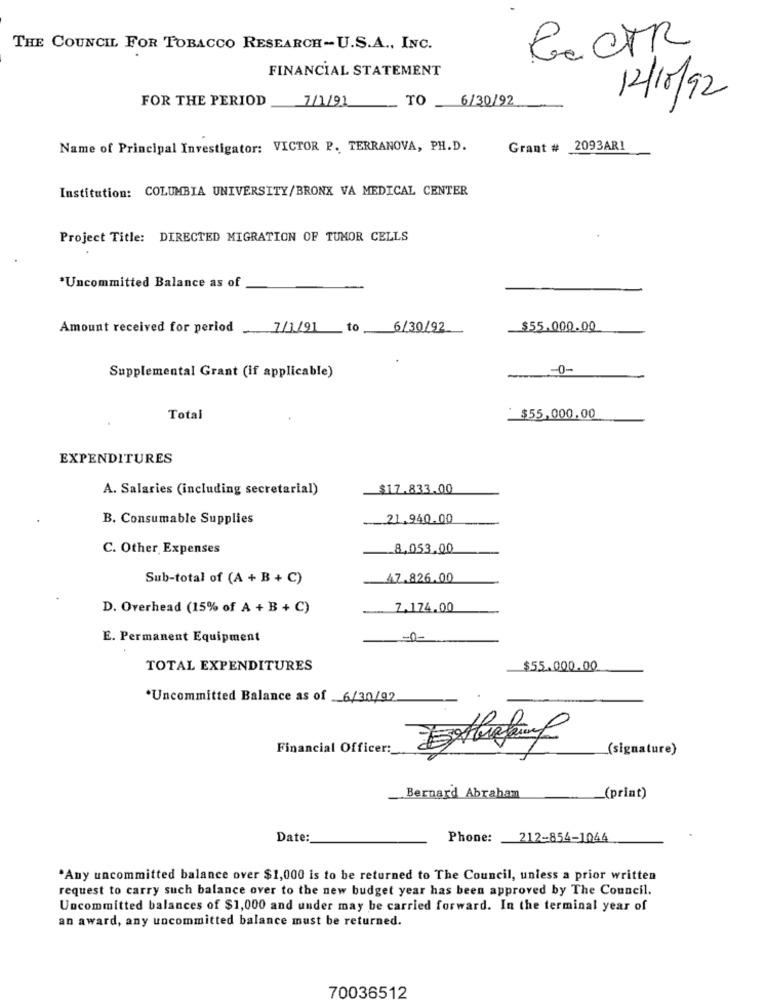
THE COUNCIL FOR TOBACCO RESEARCH-U.S.A ., INC.
GaCTR
FINANCIAL STATEMENT
FOR THE PERIOD
7/1/91
6/30/92
12/10/92
TO
Name of Principal Investigator: VICTOR P. TERRANOVA, PH.D.
Grant # 2093AR1
Institution: COLUMBIA UNIVERSITY/BRONX VA MEDICAL CENTER
Project Title: DIRECTED MIGRATION OF TUMOR CELLS
*Uncommitted Balance as of
Amount received for period
7/1/91 to
6/30/92
$55.000.00
Supplemental Grant (if applicable)
-0-
Total
$55,000.00
EXPENDITURES
A. Salaries (including secretarial)
$17.833.00
B. Consumable Supplies
21.940.00
C. Other Expenses
8,053.00
Sub-total of (A + B + C)
47.826.00
D. Overhead (15% of A + B + C)
7.174.00
E. Permanent Equipment
-0-
TOTAL EXPENDITURES
$55.000.00
*Uncommitted Balance as of 6/30/99
Financial Officer:
(signature)
Bernard Abraham
(print)
Date:
Phone: 212-854-1044
.Any uncommitted balance over $1,000 is to be returned to The Council, unless a prior written
request to carry such balance over to the new budget year has been approved by The Council.
Uncommitted balances of $1,000 and under may be carried forward. In the terminal year of
an award, any uncommitted balance must be returned.
70036512